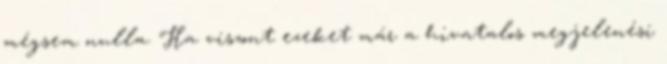
mégsem nulla. Ha viszont ezeket már a hivatalos megjelenési